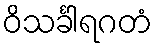
ဝိသင်္ခါရဂတံ